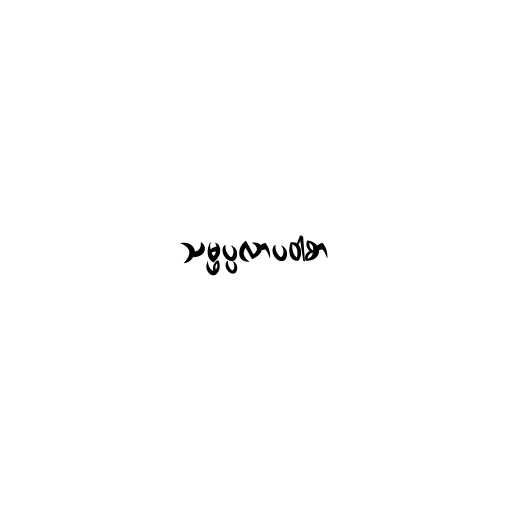
သမ္ဖပ္ပလာပဝါစာ